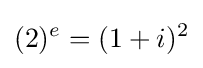
(2)^{e}=(1+i)^{2}